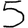
Digit: 5